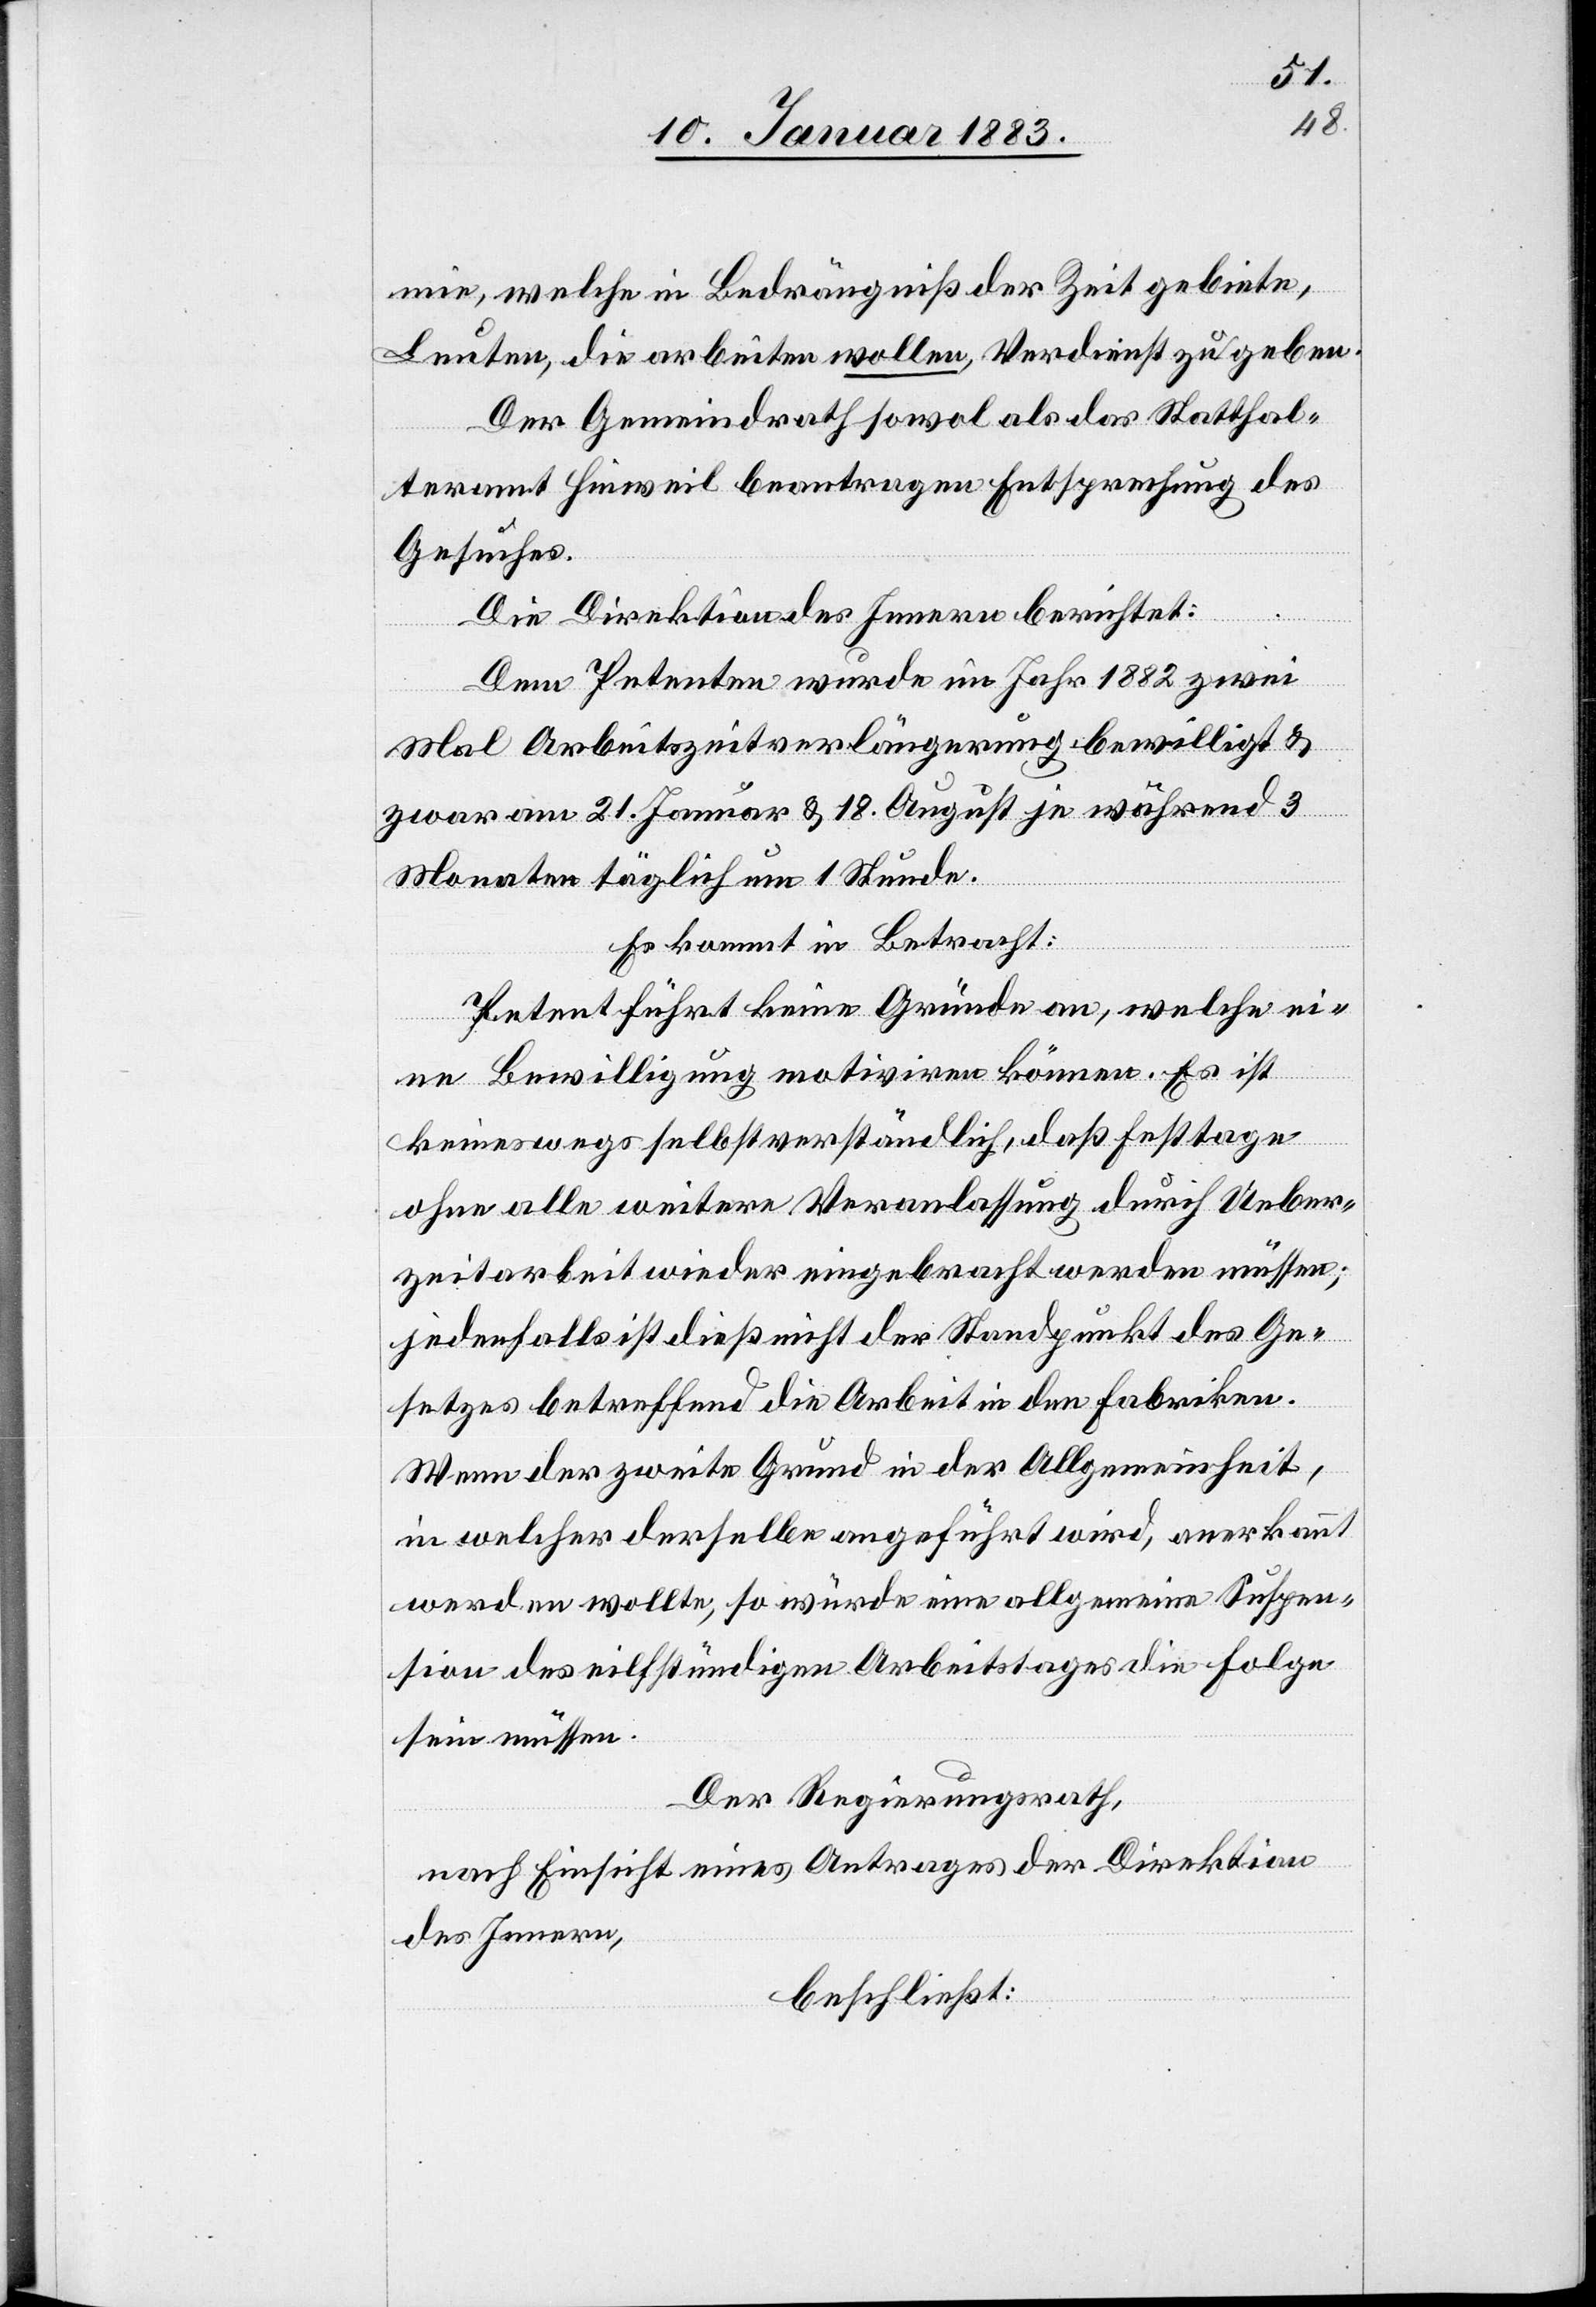
mie, welche in Bedrängniß der Zeit gebiete,
Leuten, die arbeiten wollen, Verdienst zu geben.
Der Gemeindrath sowol als das Statthal¬
teramt Hinweil beantragen Entsprechung des
Gesuches.
Die Direktion des Innern berichtet:
Dem Petenten wurde im Jahr 1882 zwei
Mal Arbeitszeitverlängerung bewilligt &
zwar am 21. Januar & 18. August je während 3
Monaten täglich um 1 Stunde.
Es kommt in Betracht:
Petent führt keine Gründe an, welche ei¬
ne Bewilligung motiviren können. Es ist
keineswegs selbstverständlich, daß Festtage
ohne alle weitere Veranlassung durch Ueber¬
zeit wieder eingebracht werden müssen;
jedenfalls ist dieß nicht der Standpunkt des Ge¬
setzes betreffend die Arbeitszeit in den Fabriken.
Wenn der zweite Grund in der Allgemeinheit,
in welcher derselbe angeführt wird, anerkannt
werden wollte, so würde eine allgemeine Suspen¬
sion des eilfstündigen Arbeitstages die Folge
sein müssen.
Der Regierungsrath,
nach Einsicht eines Antrages der Direktion
des Innern,
beschließt: